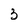
Character: 3